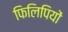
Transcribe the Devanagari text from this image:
फिलिपियों